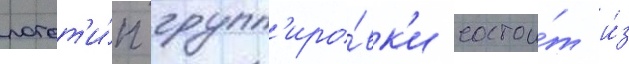
логот'и́п групп'иро́вк'и состои́т и́з